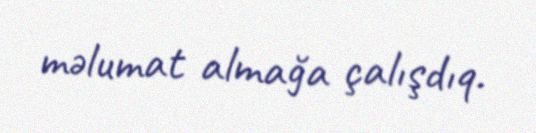
məlumat almağa çalışdıq.